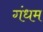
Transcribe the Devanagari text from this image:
गंधम